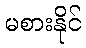
မစားနိုင်